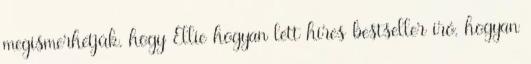
megismerhetjük, hogy Ellie hogyan lett híres bestseller író, hogyan